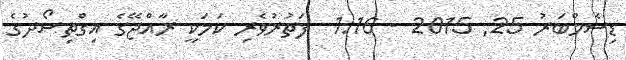
ޑިސެމްބަރު 25